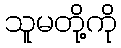
သူမတို့ကို